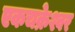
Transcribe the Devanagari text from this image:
एकचक्रेश्वर